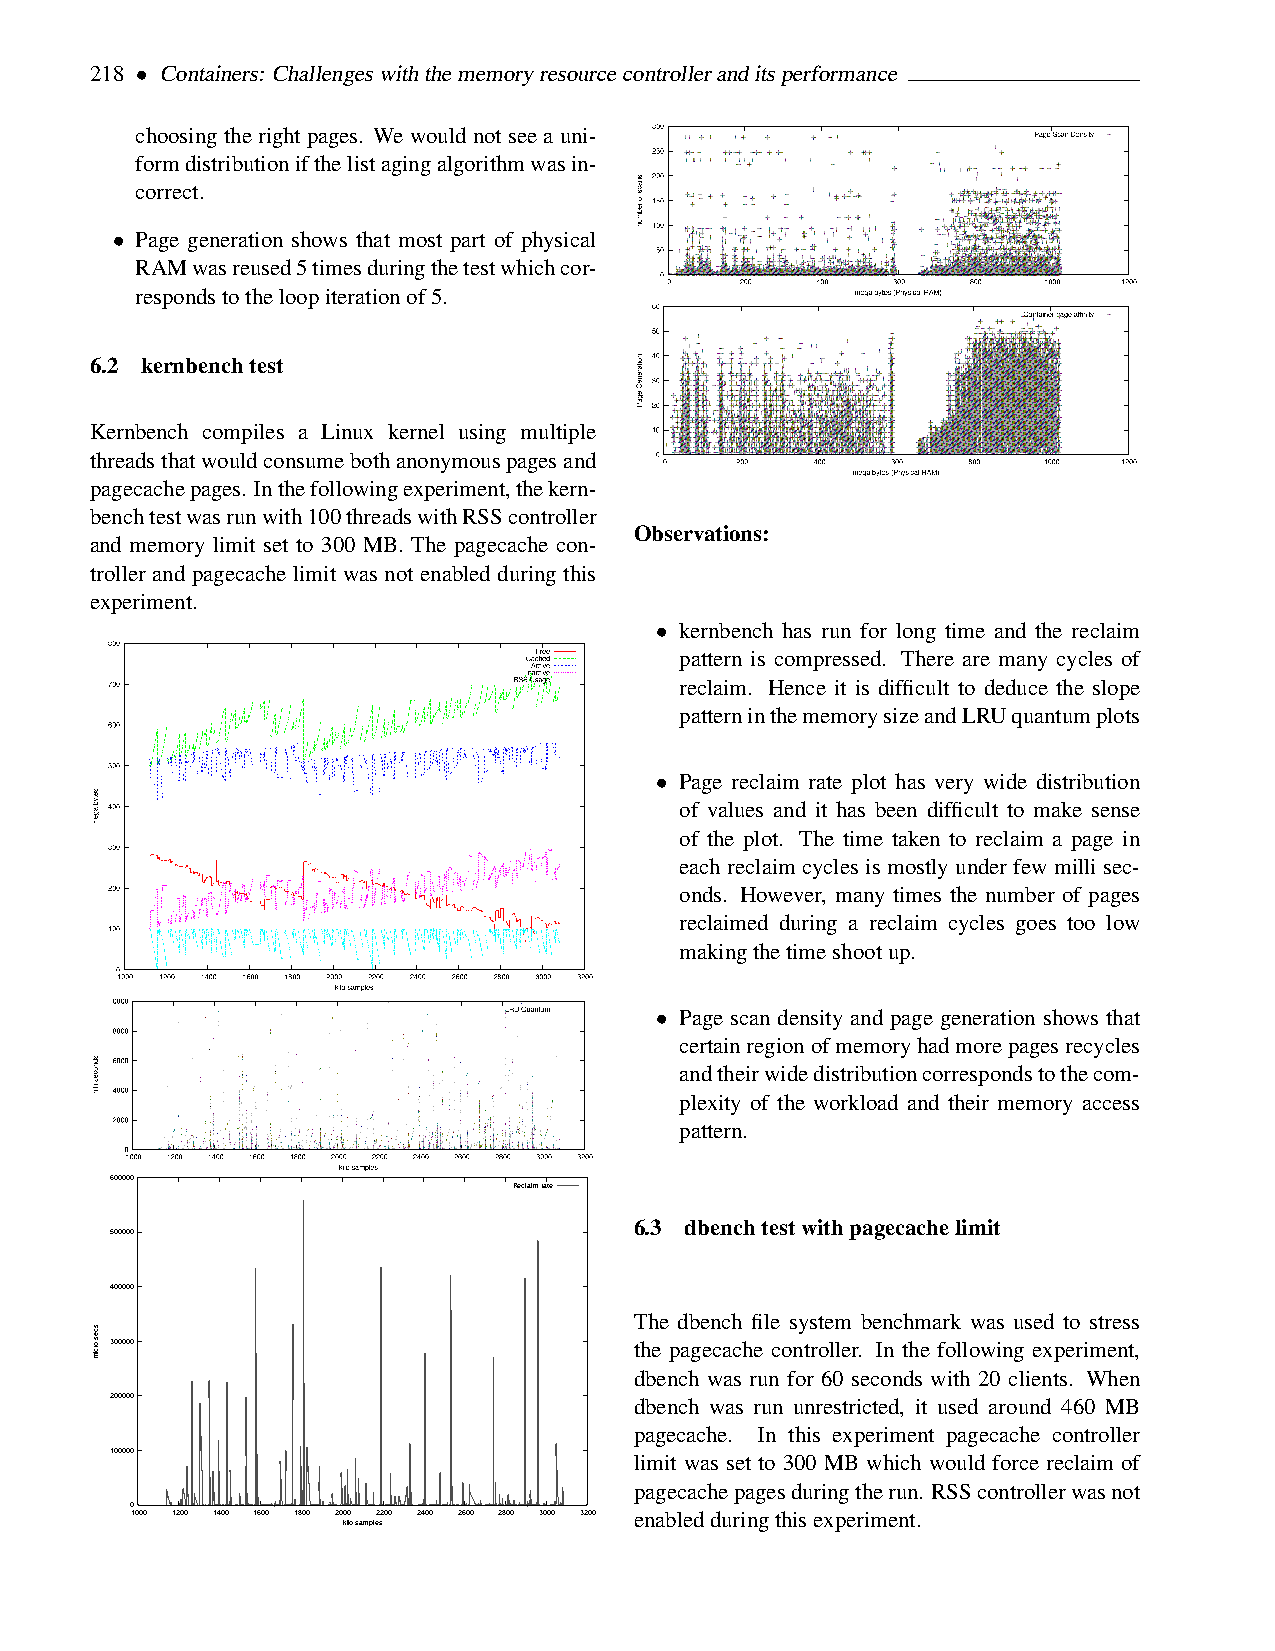
218 • Containers: Challengeswiththememoryresourcecontrolleranditsperformance
 choosing the right pages. We would not see a uni-
 formdistributionifthelistagingalgorithmwasin-
 correct.
 • Page generation shows that most part of physical
 RAMwasreused5timesduringthetestwhichcor-
 respondstotheloopiterationof5.
 6.2 kernbenchtest
 Kernbench compiles a Linux kernel using multiple
 threadsthatwouldconsumebothanonymouspagesand
 pagecachepages. Inthefollowingexperiment,thekern-
 benchtestwasrunwith100threadswithRSScontroller
 Observations:
 and memory limit set to 300 MB. The pagecache con-
 troller and pagecache limit was not enabled during this
 experiment.
 • kernbench has run for long time and the reclaim
 pattern is compressed. There are many cycles of
 reclaim. Hence it is difficult to deduce the slope
 patterninthememorysizeandLRUquantumplots
 • Page reclaim rate plot has very wide distribution
 of values and it has been difficult to make sense
 of the plot. The time taken to reclaim a page in
 each reclaim cycles is mostly under few milli sec-
 onds. However, many times the number of pages
 reclaimed during a reclaim cycles goes too low
 makingthetimeshootup.
 • Page scan density and page generation shows that
 certainregionofmemoryhadmorepagesrecycles
 andtheirwidedistributioncorrespondstothecom-
 plexity of the workload and their memory access
 pattern.
 600000
 Reclaim rate
 6.3 dbenchtestwithpagecachelimit
 500000
 400000
 The dbench file system benchmark was used to stress
 300000                             the pagecache controller. In the following experiment,
 dbench was run for 60 seconds with 20 clients. When
 200000                             dbench was run unrestricted, it used around 460 MB
 pagecache. In this experiment pagecache controller
 100000                             limit was set to 300 MB which would force reclaim of
 pagecachepagesduringtherun. RSScontrollerwasnot
 0
 1000 1200 1400 1600 1800 2000 2200 2400 2600 2800 3000 3200 enabledduringthisexperiment.
 kilo samples
 sces
 orcim